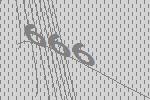
666